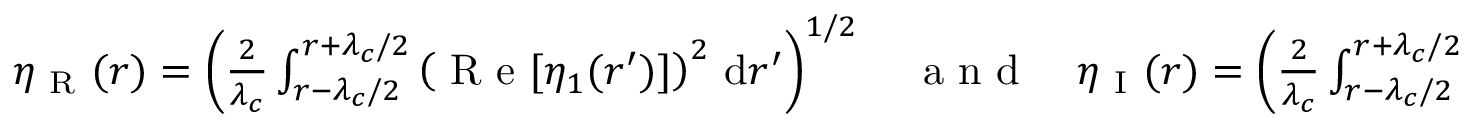
\begin{array} { r } { \eta _ { \mathrm { ~ R ~ } } ( r ) = \left( \frac { 2 } { \lambda _ { c } } \int _ { r - \lambda _ { c } / 2 } ^ { r + \lambda _ { c } / 2 } \left( \mathrm { ~ R ~ e ~ } [ \eta _ { 1 } ( r ^ { \prime } ) ] \right) ^ { 2 } \, \mathrm { d } r ^ { \prime } \right) ^ { 1 / 2 } \quad \mathrm { ~ a ~ n ~ d ~ } \quad \eta _ { \mathrm { ~ I ~ } } ( r ) = \left( \frac { 2 } { \lambda _ { c } } \int _ { r - \lambda _ { c } / 2 } ^ { r + \lambda _ { c } / 2 } \left( \mathrm { ~ I ~ m ~ } [ \eta _ { 1 } ( r ^ { \prime } ) ] \right) ^ { 2 } \, \mathrm { d } r ^ { \prime } \right) ^ { 1 / 2 } , } \end{array}